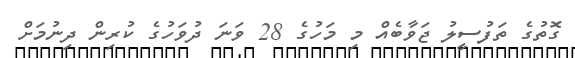
ގޮތުގެ ތަފުސީލު ޖަވާބެއް މި މަހުގެ 28 ވަނަ ދުވަހުގެ ކުރިން ދިނުމަށް